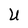
Character: U